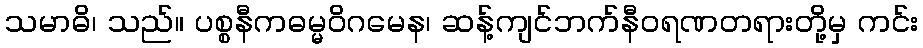
သမာဓိ၊ သည်။ ပစ္စနီကဓမ္မဝိဂမေန၊ ဆန့်ကျင်ဘက်နီဝရဏတရားတို့မှ ကင်း